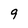
Character: 9